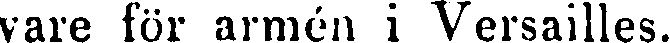
vare lör armén i Versailles.